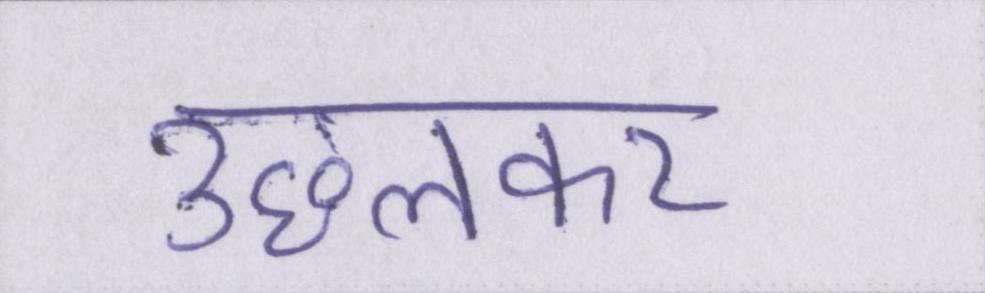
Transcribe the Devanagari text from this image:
उछलकर